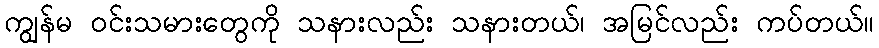
ကျွန်မ ဝင်းသမားတွေကို သနားလည်း သနားတယ်၊ အမြင်လည်း ကပ်တယ်။